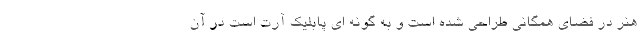
هنر در فضای همگانی طراحی شده است و به گونه ای پابلیک آرت است در آن